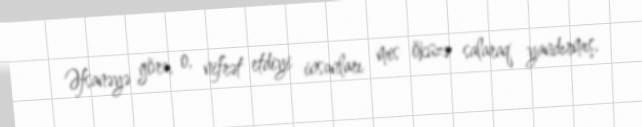
Əfsanəyə görə, o, nifrət etdiyi insanları mis öküzə salaraq yandırmış,